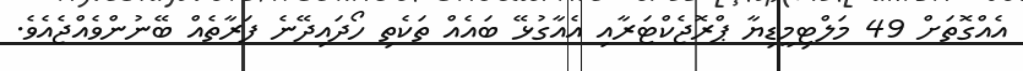
އެއްގޮތަށް 49 މަލްޓިމީޑިޔާ ޕްރޮޖެކްޓަރާއި އެއާގުޅޭ ބައެއް ތަކެތި ހޯދައިދޭނެ ފަރާތެއް ބޭނުންވެއްޖެއެވެ.